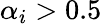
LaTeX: \alpha_{i}>0.5